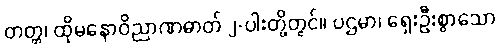
တတ္တ၊ ထိုမနောဝိညာဏဓာတ် ၂-ပါးတို့တွင်။ ပဌမာ၊ ရှေးဦးစွာသော